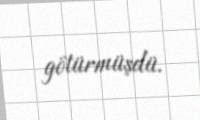
götürmüşdü.